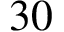
3 0